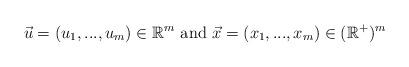
LaTeX: \begin{align*}\vec{u}=(u_1,...,u_m) \in \mathbb{R}^{m} \mbox{ and } \vec{x} = (x_{1},...,x_{m}) \in (\mathbb{R}^{+})^{m}\end{align*}